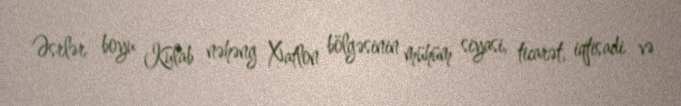
Əsrlər boyu Kulab nəhəng Xatlon bölgəsinin mühüm siyasi, ticarət, iqtisadi və